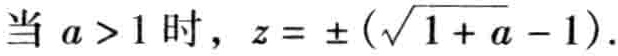
当 \(a > 1\) 时，\(z = \pm (\sqrt{1 + a} - 1)\)